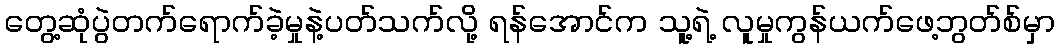
တွေ့ဆုံပွဲတက်ရောက်ခဲ့မှုနဲ့ပတ်သက်လို့ ရန်အောင်က သူ့ရဲ့ လူမှုကွန်ယက်ဖေ့ဘွတ်စ်မှာ